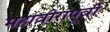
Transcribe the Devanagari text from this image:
महावीरांंपूर्वी